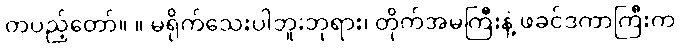
တပည့်တော်။ ။ မရိုက်သေးပါဘူးဘုရား၊ တိုက်အမကြီးနဲ့ ဖခင်ဒကာကြီးက